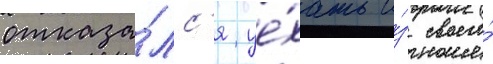
отказа́лс'я уе́хать и́з своего́